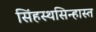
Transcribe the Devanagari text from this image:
सिंहस्थसिन्हास्त